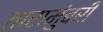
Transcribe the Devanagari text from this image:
तारामुंबरी